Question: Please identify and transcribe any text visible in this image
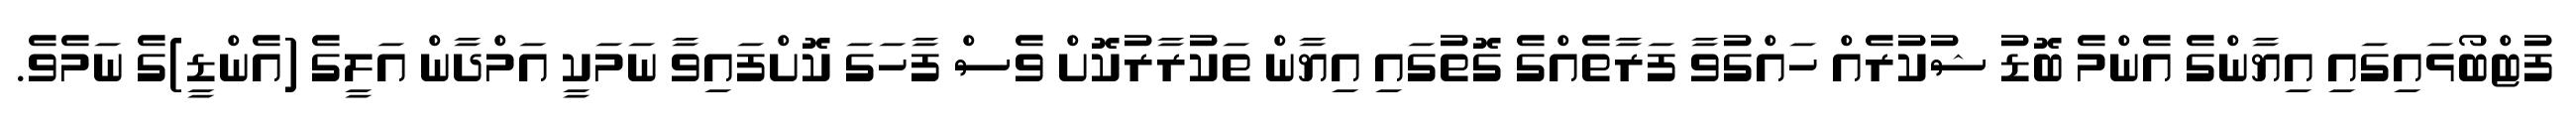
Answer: ފުޓްބޯޅައިގައި އިޔާންގެ އެންމެ ބޮޑު ޝުކުރެއް ހައްގުވާ ފަރާތެއްގެ ގޮތުގައި އިޔާން ތަކުރާރުކޮށް ވެސް ފާހަގަ ކޮށްފައިވާ ނަމަކީ އަމްދާން އަލީގެ (އެންޑީ)ގެ ނަމެވެ.